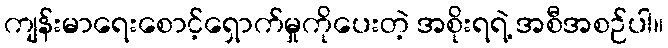
ကျန်းမာရေးစောင့်ရှောက်မှုကိုပေးတဲ့ အစိုးရရဲ့ အစီအစဉ်ပါ။